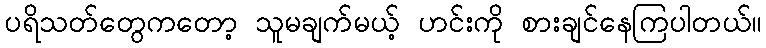
ပရိသတ်တွေကတော့ သူမချက်မယ့် ဟင်းကို စားချင်နေကြပါတယ်။